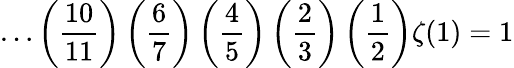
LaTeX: \ldots\left({\frac{10}{11}}\right)\left({\frac{6}{7}}\right)\left({\frac{4}{5}}\right)\left({\frac{2}{3}}\right)\left({\frac{1}{2}}\right)\zeta(1)=1